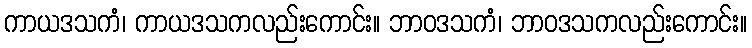
ကာယဒသကံ၊ ကာယဒသကလည်းကောင်း။ ဘာဝဒသကံ၊ ဘာဝဒသကလည်းကောင်း။